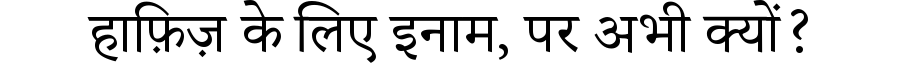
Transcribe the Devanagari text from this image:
हाफ़िज़ के लिए इनाम, पर अभी क्यों?